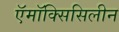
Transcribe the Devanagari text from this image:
ऍमॉक्सिसिलीन